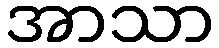
အာသာ